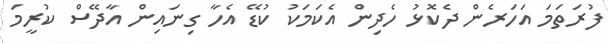
ފުރަތަމަ އަހަރެން ދެކޮޅު ހެދިން އެކަމަކު ކުޑޭ އެހާ ގިނައިން އާދޭސް ކުރީމަ